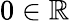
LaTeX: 0\in\mathbb{R}